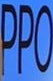
PPO